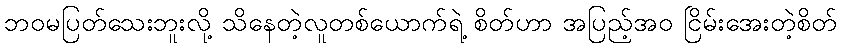
ဘဝမပြတ်သေးဘူးလို့ သိနေတဲ့လူတစ်ယောက်ရဲ့ စိတ်ဟာ အပြည့်အဝ ငြိမ်းအေးတဲ့စိတ်